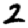
Digit: 2